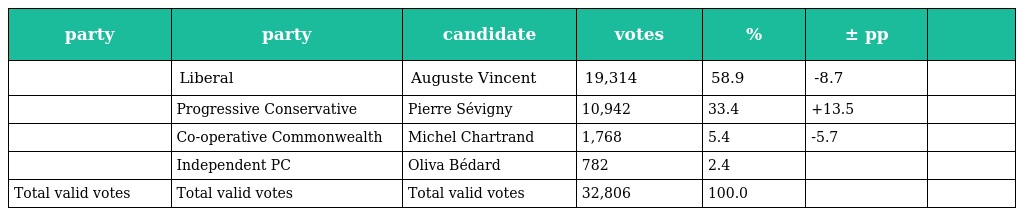
| party | party | candidate | votes | % | ± pp |  |
 | --- | --- | --- | --- | --- | --- | --- |
 |  | Liberal | Auguste Vincent | 19,314 | 58.9 | -8.7 |  |
 |  | Progressive Conservative | Pierre Sévigny | 10,942 | 33.4 | +13.5 |  |
 |  | Co-operative Commonwealth | Michel Chartrand | 1,768 | 5.4 | -5.7 |  |
 |  | Independent PC | Oliva Bédard | 782 | 2.4 |  |  |
 | Total valid votes | Total valid votes | Total valid votes | 32,806 | 100.0 |  |  |